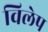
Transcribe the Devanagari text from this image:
विलेप